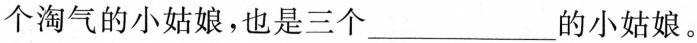
个淘气的小姑娘，也是三个___的小姑娘。